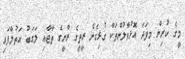
މީގެ ކުރިން މިފަދަ އޮޅުވާލުންތަކާ ގުޅިގެން ރީތީގެ ރާނީގެ ތާޖާއި ލަގަބު އަތުލާފައި